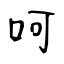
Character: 呵